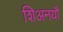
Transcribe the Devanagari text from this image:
शिअनयौ